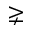
\gneq